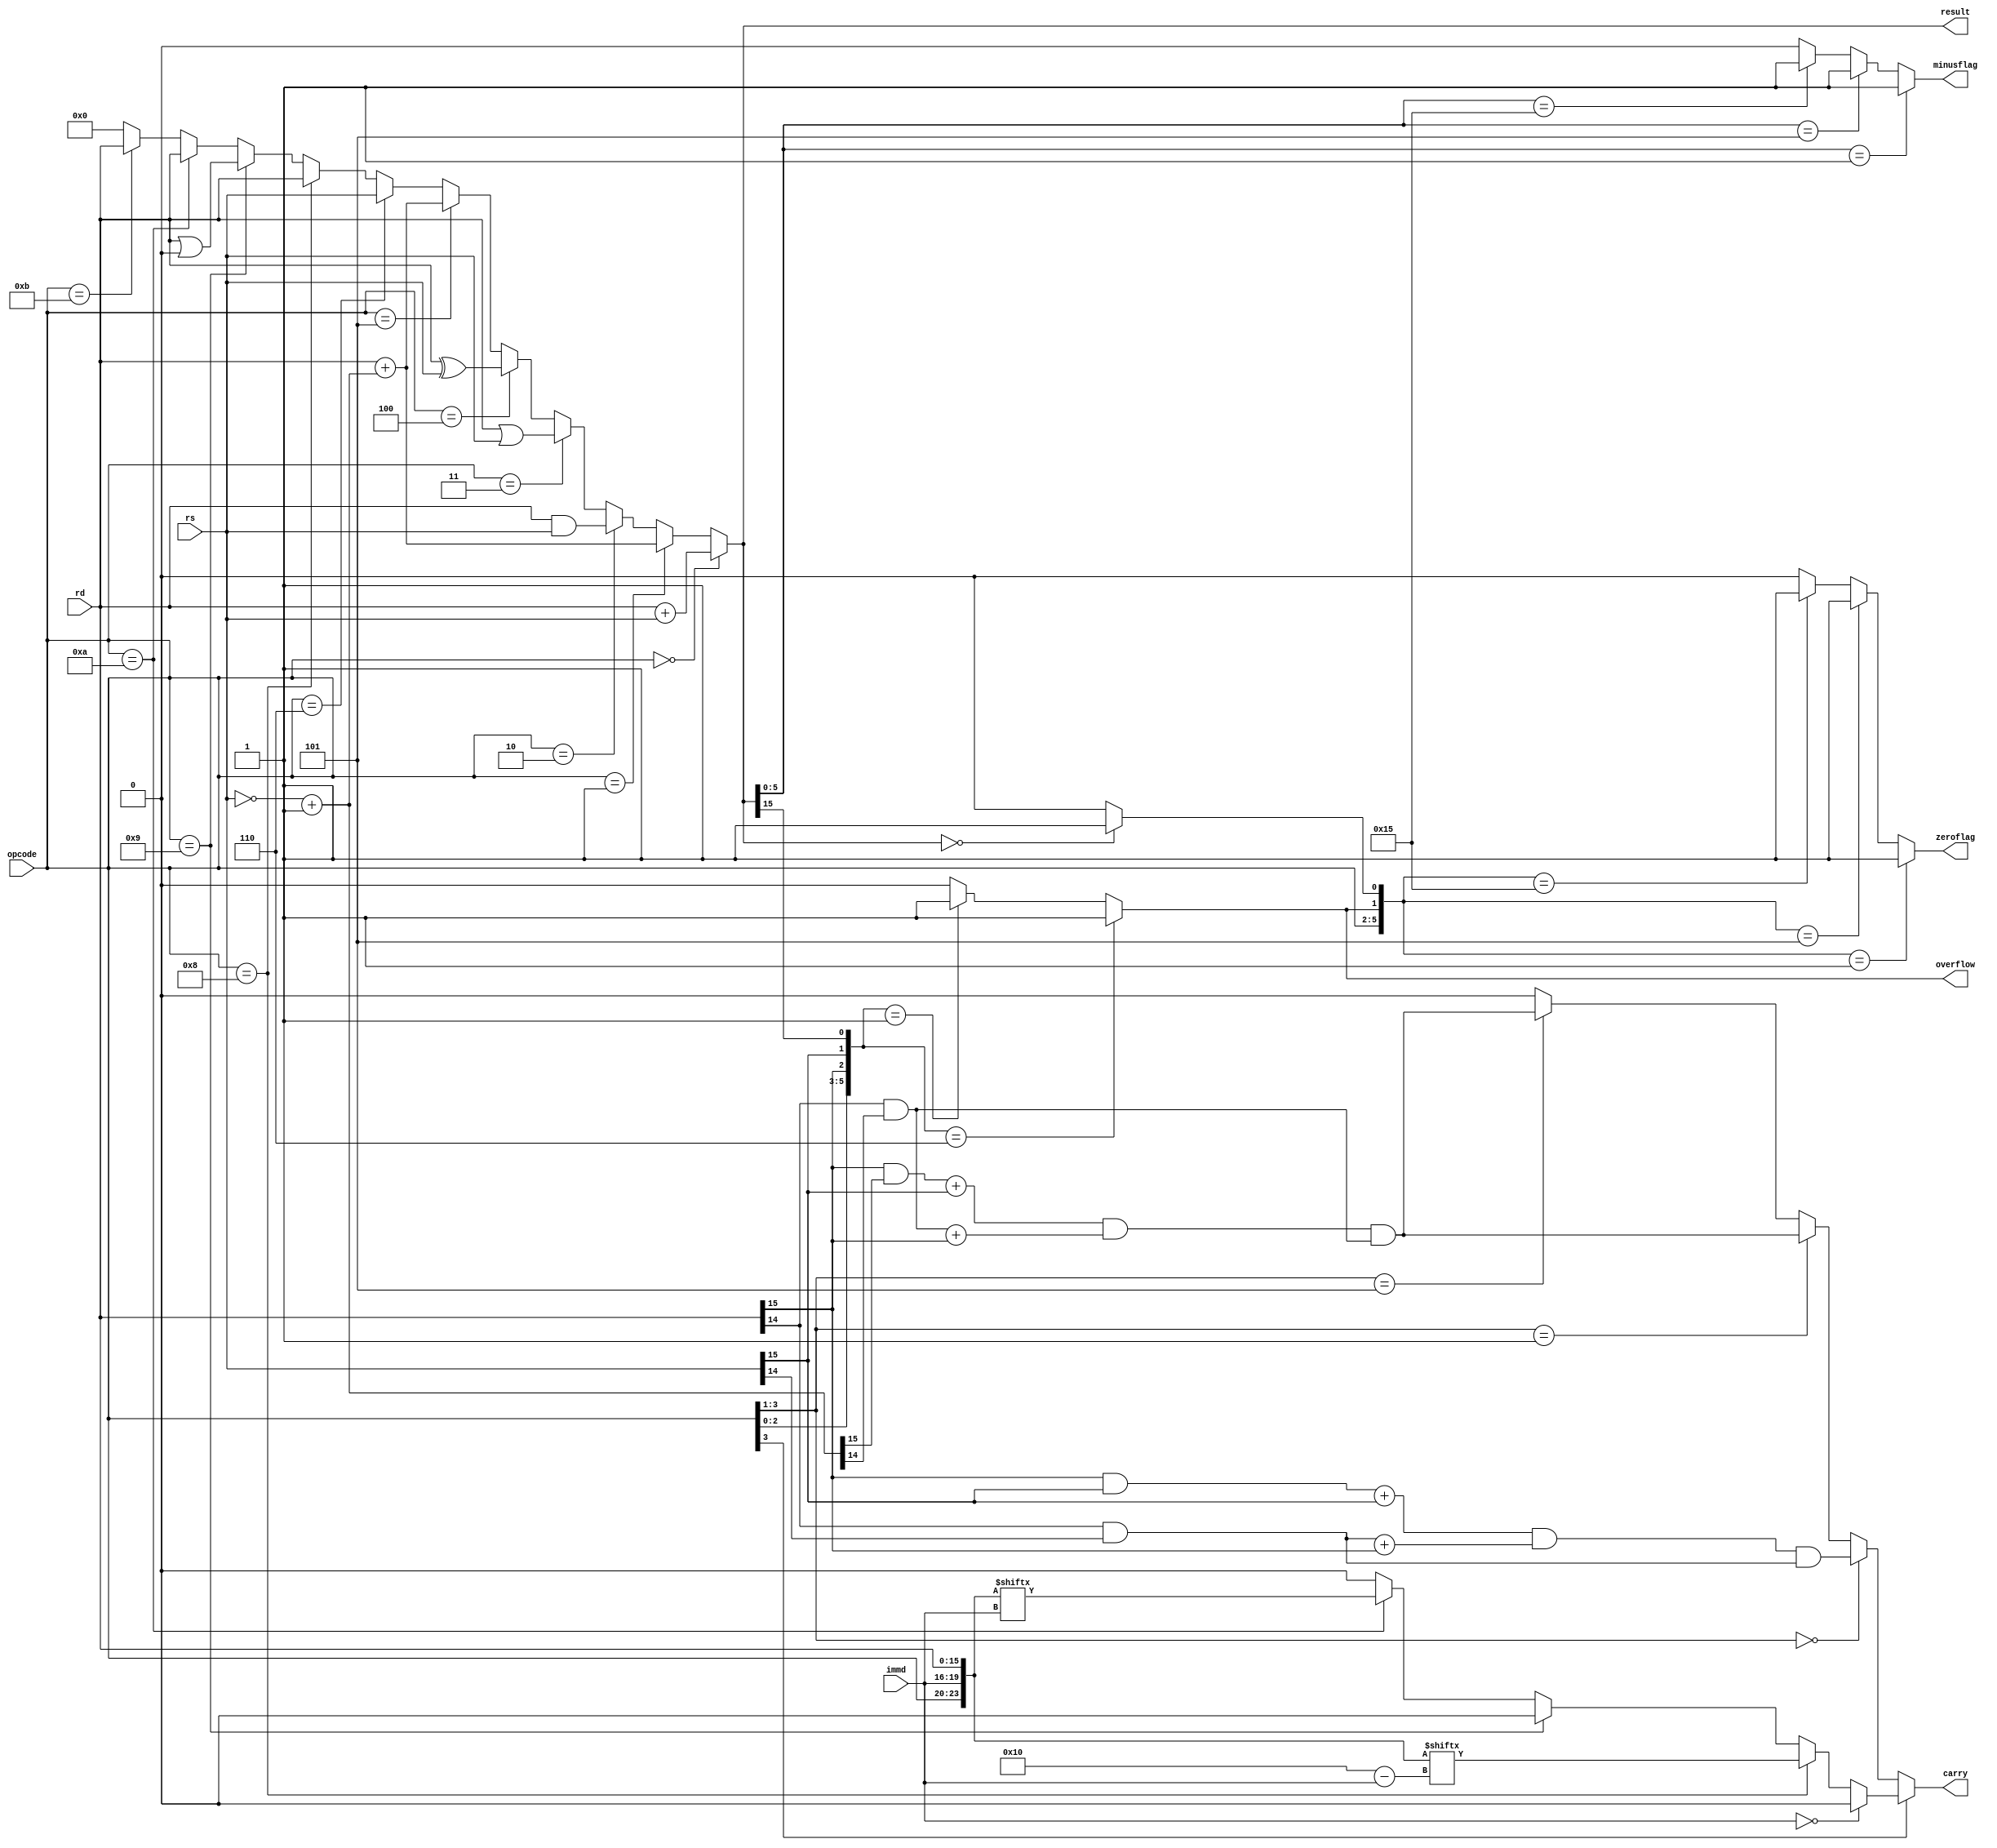
module ALU(rs,rd,opcode,result,carry,overflow,minusflag,zeroflag,immd);

	input [15:0]rs;
	input [15:0]rd;
	input [3:0]opcode;
	input [3:0] immd;//
	
	output [15:0] result;
	 
	wire [15:0] revrs;
	assign revrs = ~rs +1;
	
	//carry
	wire ds11;
	wire ds22;
	wire addcarry;
	
	assign ds11 = rd[15]&rs[15];
	assign ds22 = rd[14]&rs[14];
	assign addcarry = ds11+rs[15]&ds22+rd[15]&ds22;
	
	wire drs11;
	wire drs22;
	wire subcarry;
	
	assign drs11 = rd[15]&revrs[15];
	assign drs22 = rd[14]&revrs[14];
	assign subcarry =  drs11+rs[15]&drs22+rd[15]&drs22;
	
	output carry;
	wire carry0;
	wire carry1;
	
	
	assign carry0 = carryer({opcode[3:1],addcarry,subcarry});
	assign carry1 = shiftc({opcode,immd,rd});
	
	assign carry = (opcode[3] == 1'b0)?carry0:carry1;

	
	//carry
	
	
	assign result = alu({revrs,opcode,rd,rs});
	
	//
	output overflow;
	
	assign overflow = flow({opcode,rd[15],rs[15],result[15]});
	//
	output minusflag;
	
	assign minusflag = minus({opcode,overflow,result});
	//zero
	output zeroflag;
	
	wire check;//
	
	assign check = (16'h0000==result)?1'b1:1'b0;
	
	assign zeroflag = zero({opcode,overflow,check});
	
	function zero;
		input [5:0]op_flow_check;
		begin 
		if(op_flow_check==6'b000001) zero=1'b1;
		else if(op_flow_check==6'b000101) zero=1'b1;
		else if(op_flow_check==6'b010101) zero=1'b1;
		else zero=1'b0;
		end
	endfunction
	
	
	
	function minus;
		input [5:0] op_flow_resu;
		begin 
		if(op_flow_resu==6'b000001) minus=1'b1;
		else if(op_flow_resu==6'b000101) minus=1'b1;
		else if(op_flow_resu==6'b010101) minus=1'b1;
		else minus=0;
		end
	endfunction
	
	
	function flow;
		input [5:0] opdsr;
		begin
		if(opdsr == 6'b000110) flow =1'b1;
		else if(opdsr==6'b000001) flow =1'b1;
		else flow =1'b0;
		end
	endfunction
	
	function carryer;
		input [5:0] op;
		begin
		if(op[5:2] == 4'b0000) carryer = op[1];
		else if(op[5:2]==4'b0001) carryer = op[0];
		else if(op[5:2]==4'b0101) carryer = op[0];
		else carryer = 1'b0;
		end
	endfunction
	
	
	function shiftc;
		input [23:0] op_im_rd;
			begin
			if(op_im_rd[19:16] == 4'b0000) shiftc = 1'b0;
			else if (op_im_rd[23:20]==4'b1000) shiftc = op_im_rd[(16-op_im_rd[19:16])];
			else if (op_im_rd[23:20]==4'b1001) shiftc = 1'b0;
			else if (op_im_rd[23:20]==4'b1010) shiftc = op_im_rd[(op_im_rd[19:16])];
			else if (op_im_rd[23:20]==4'b1010) shiftc = op_im_rd[(op_im_rd[19:16])];
			else shiftc = 1'b0;
			end
		endfunction
		

		
	function [15:0] alu;
	
		input [55:0]opds;
		begin
			if(opds[35:32] == 4'b0000) alu = opds[31:16] + opds[15:0];
			else if(opds[35:32] == 4'b0001) alu = opds[31:16] + opds[51:36];
			else if(opds[35:32] == 4'b0010) alu = opds[31:16] & opds[15:0];
			else if(opds[35:32] == 4'b0011) alu = opds[31:16] | opds[15:0];
			else if(opds[35:32] == 4'b0100) alu = opds[31:16] ^ opds[15:0];
			else if(opds[35:32] == 4'b0101) alu = opds[31:16] + opds[51:36];
			else if(opds[35:32] == 4'b0110) alu = opds[15:0];
			else if(opds[35:32]==4'b1000) alu = opds[31:16] << opds[55:52];
			else if(opds[35:32]==4'b1001) alu = (opds[31:16] << opds[55:52] | opds[31:16] >>16 - opds[55:52] );
			else if(opds[35:32]==4'b1010) alu = opds[31:16] >> opds[55:52];
			else if(opds[35:32]==4'b1011) alu = opds[31:16] >>> opds[55:52];
			else alu = 16'h0000;
		end
	endfunction
endmodule